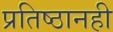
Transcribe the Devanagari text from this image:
प्रतिष्ठानही